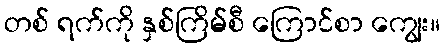
တစ် ရက်ကို နှစ်ကြိမ်စီ ကြောင်စာ ကျွေး။